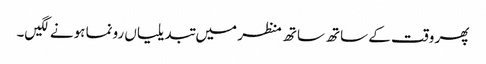
پھر وقت کے ساتھ ساتھ منظر میں تبدیلیاں رونما ہونے لگیں۔